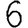
Digit: 6